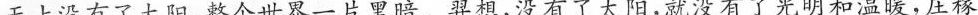
天上没有了太阳，整个世界一片黑暗。羿想，没有了太阳，就没有了光明和温暖，庄稼不